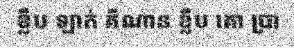
ខ្លឹប ឡាក់ គីណាន ខ្លឹប គោ ប្រា